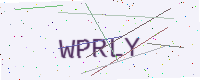
Text: WPRLY